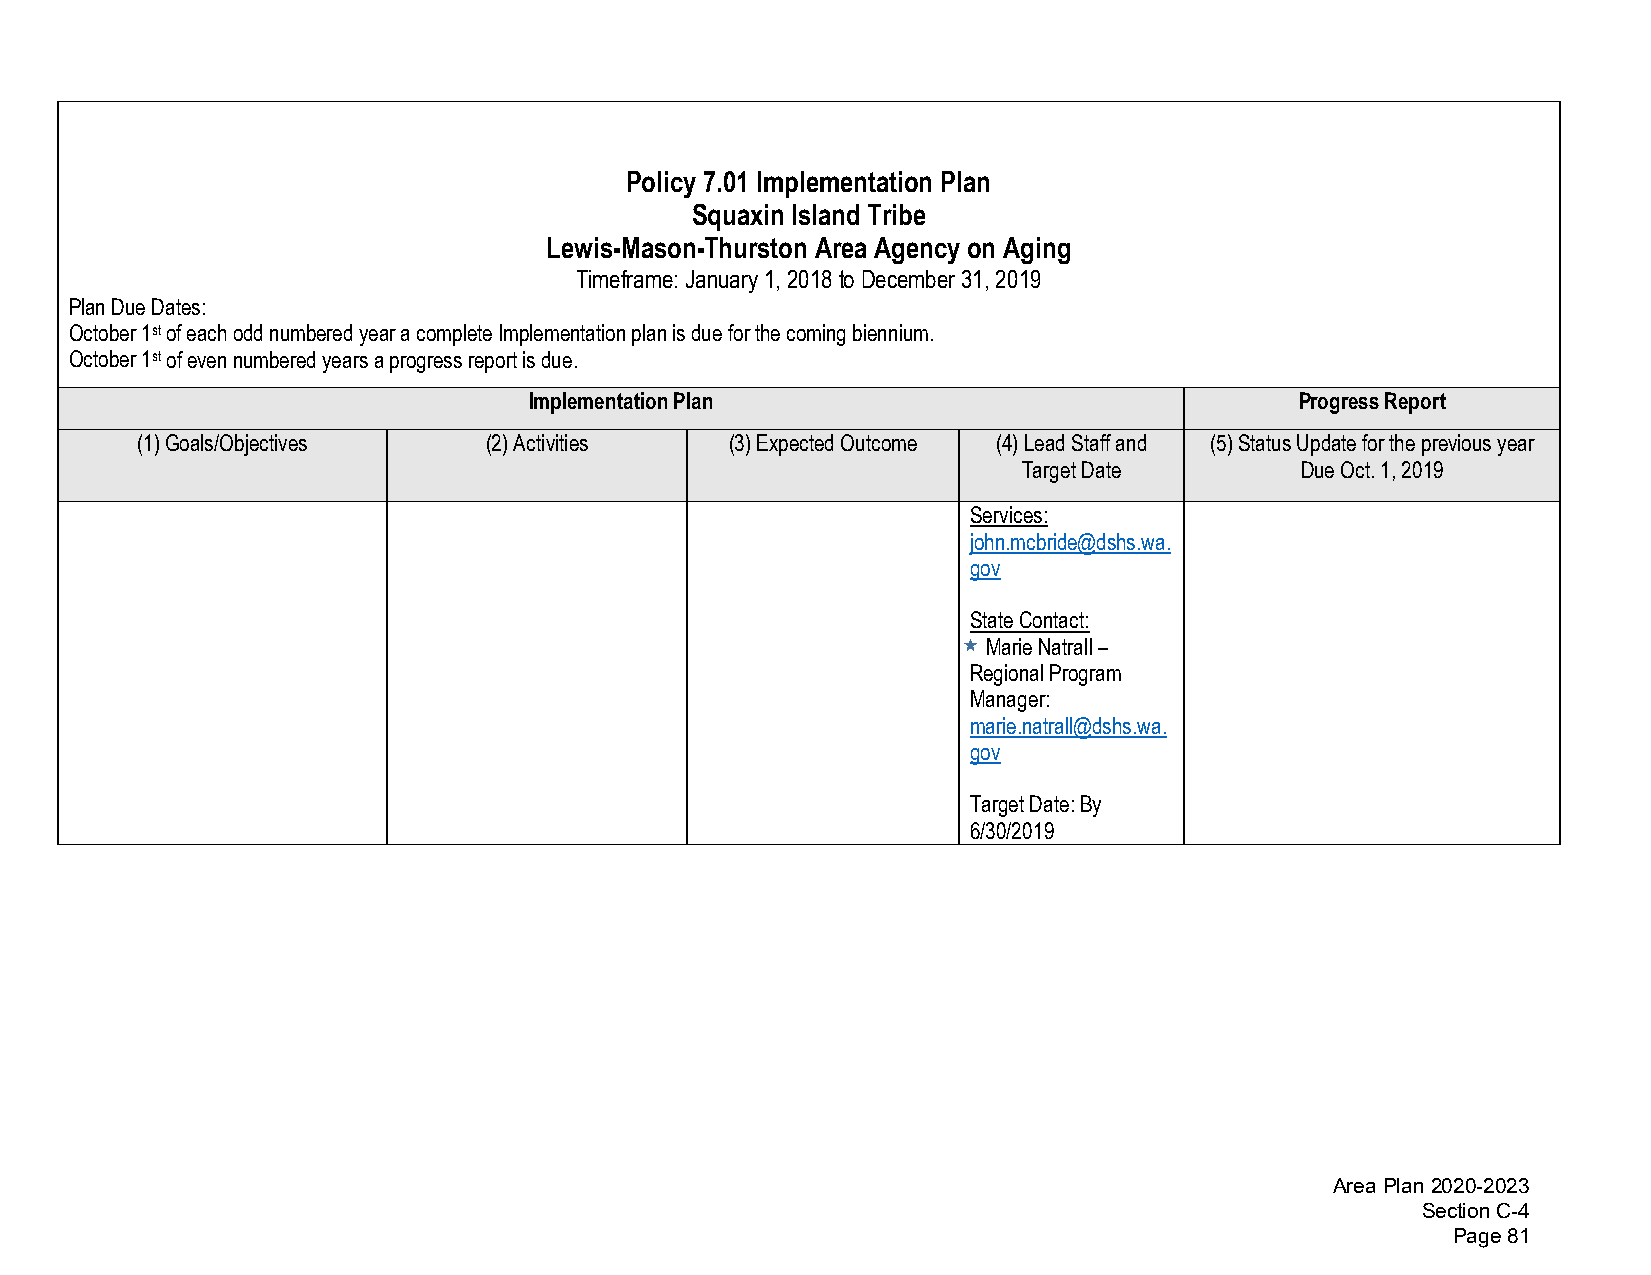
Policy 7.01 Implementation Plan
 Squaxin Island Tribe
 Lewis-Mason-Thurston Area Agency on Aging
 Timeframe: January 1, 2018 to December 31, 2019
 Plan Due Dates:
 October 1st of each odd numbered year a complete Implementation plan is due for the coming biennium.
 October 1st of even numbered years a progress report is due.
 Implementation Plan                                Progress Report
 (1)Goals/Objectives    (2)Activities   (3)Expected Outcome (4)Lead Staff and (5)Status Update for the previous year
 Target Date       Due Oct. 1, 2019
 Services:
 john.mcbride@dshs.wa.
 gov
 State Contact:
 Marie Natrall –
 Regional Program
 Manager:
 marie.natrall@dshs.wa.
 gov
 Target Date: By
 6/30/2019
 Area Plan 2020-2023
 Section C-4
 Page 81